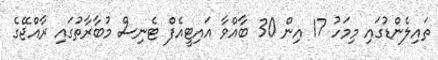
ތައިލެންޑުގައި މިމަހު 17 އިން 30 ބާއްވާ އައިޓީއެފް ޓެނިސް މުބާރާތުގައި ރާއްޖޭގެ